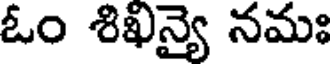
ఓం శిఖన్యై నమః